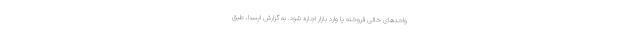
واحدهای خالی فروخته یا وارد بازار اجاره شود. به گزارش ایسنا، طبق